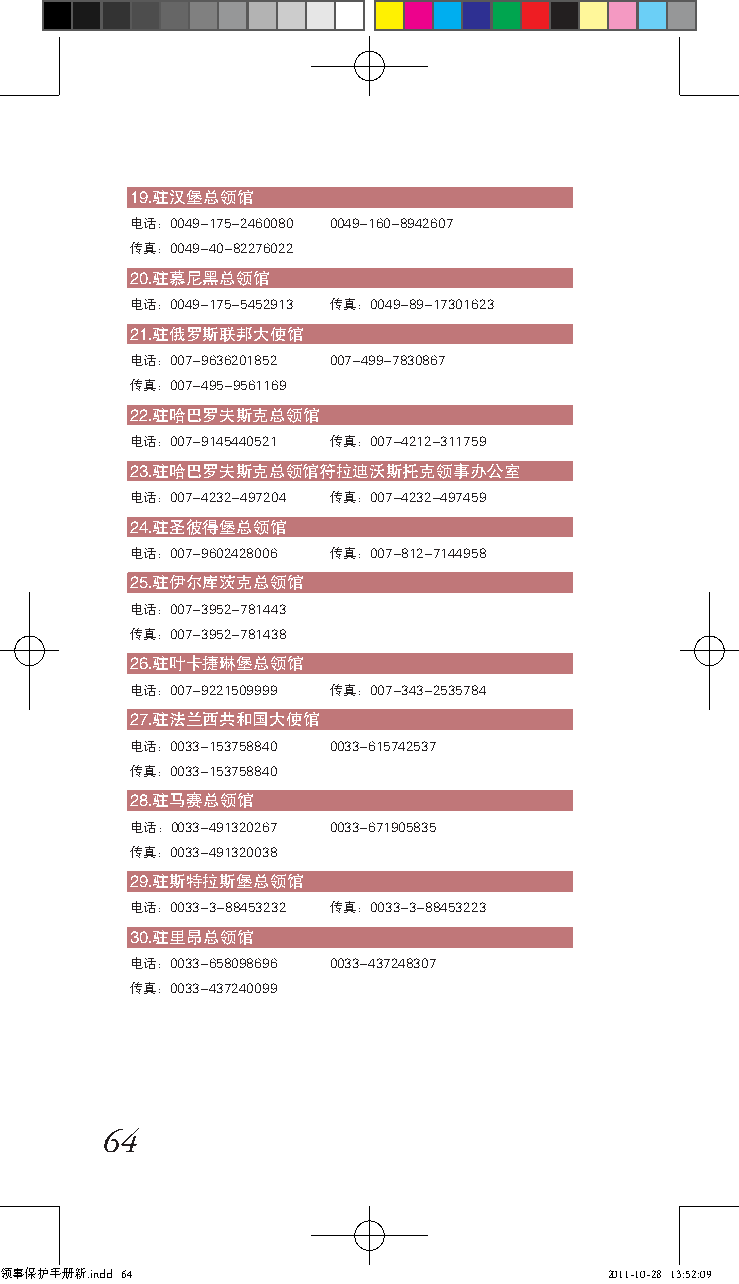
19.驻汉堡总领馆
 电话：0049-175-2460080 0049-160-8942607
 传真：0049-40-82276022
 20.驻慕尼黑总领馆
 电话：0049-175-5452913 传真：0049-89-17301623
 21.驻俄罗斯联邦大使馆
 电话：007-9636201852 007-499-7830867
 传真：007-495-9561169
 22.驻哈巴罗夫斯克总领馆
 电话：007-9145440521 传真：007-4212-311759
 23.驻哈巴罗夫斯克总领馆符拉迪沃斯托克领事办公室
 电话：007-4232-497204 传真：007-4232-497459
 24.驻圣彼得堡总领馆
 电话：007-9602428006 传真：007-812-7144958
 25.驻伊尔库茨克总领馆
 电话：007-3952-781443
 传真：007-3952-781438
 26.驻叶卡捷琳堡总领馆
 电话：007-9221509999 传真：007-343-2535784
 27.驻法兰西共和国大使馆
 电话：0033-153758840 0033-615742537
 传真：0033-153758840
 28.驻马赛总领馆
 电话：0033-491320267 0033-671905835
 传真：0033-491320038
 29.驻斯特拉斯堡总领馆
 电话：0033-3-88453232 传真：0033-3-88453223
 30.驻里昂总领馆
 电话：0033-658098696 0033-437248307
 传真：0033-437240099
 64
 领事保护手册新.indd 64                         2011-10-28 13:52:09